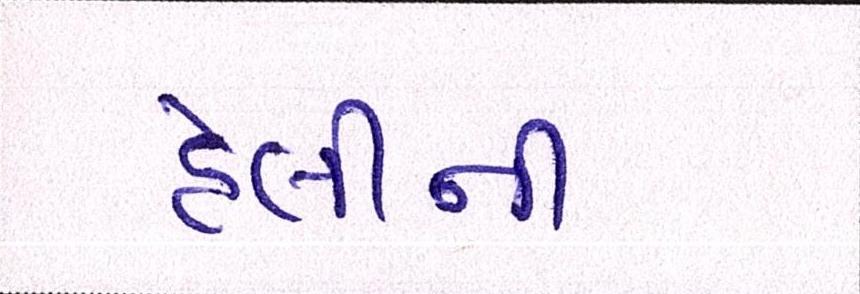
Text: હેલીની